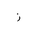
Letter: _zay